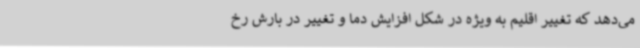
می‌دهد که تغییر اقلیم به ویژه در شکل افزایش دما و تغییر در بارش رخ